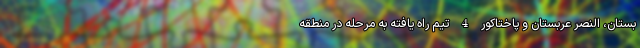
بستان، النصر عربستان و پاختاکور 4 تیم راه یافته به مرحله در منطقه